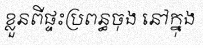
ខ្លួនពីផ្ទះប្រពន្ធចុង នៅក្នុង